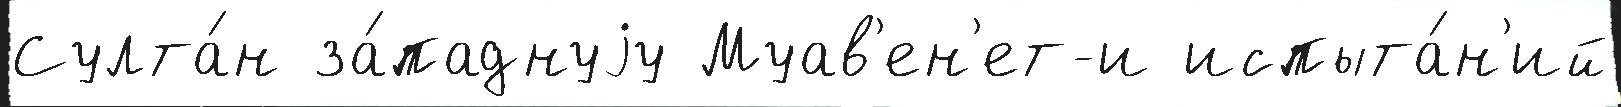
Султа́н за́паднуjу Муав'ен'ет-и испыта́н'ий